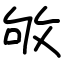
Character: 敂